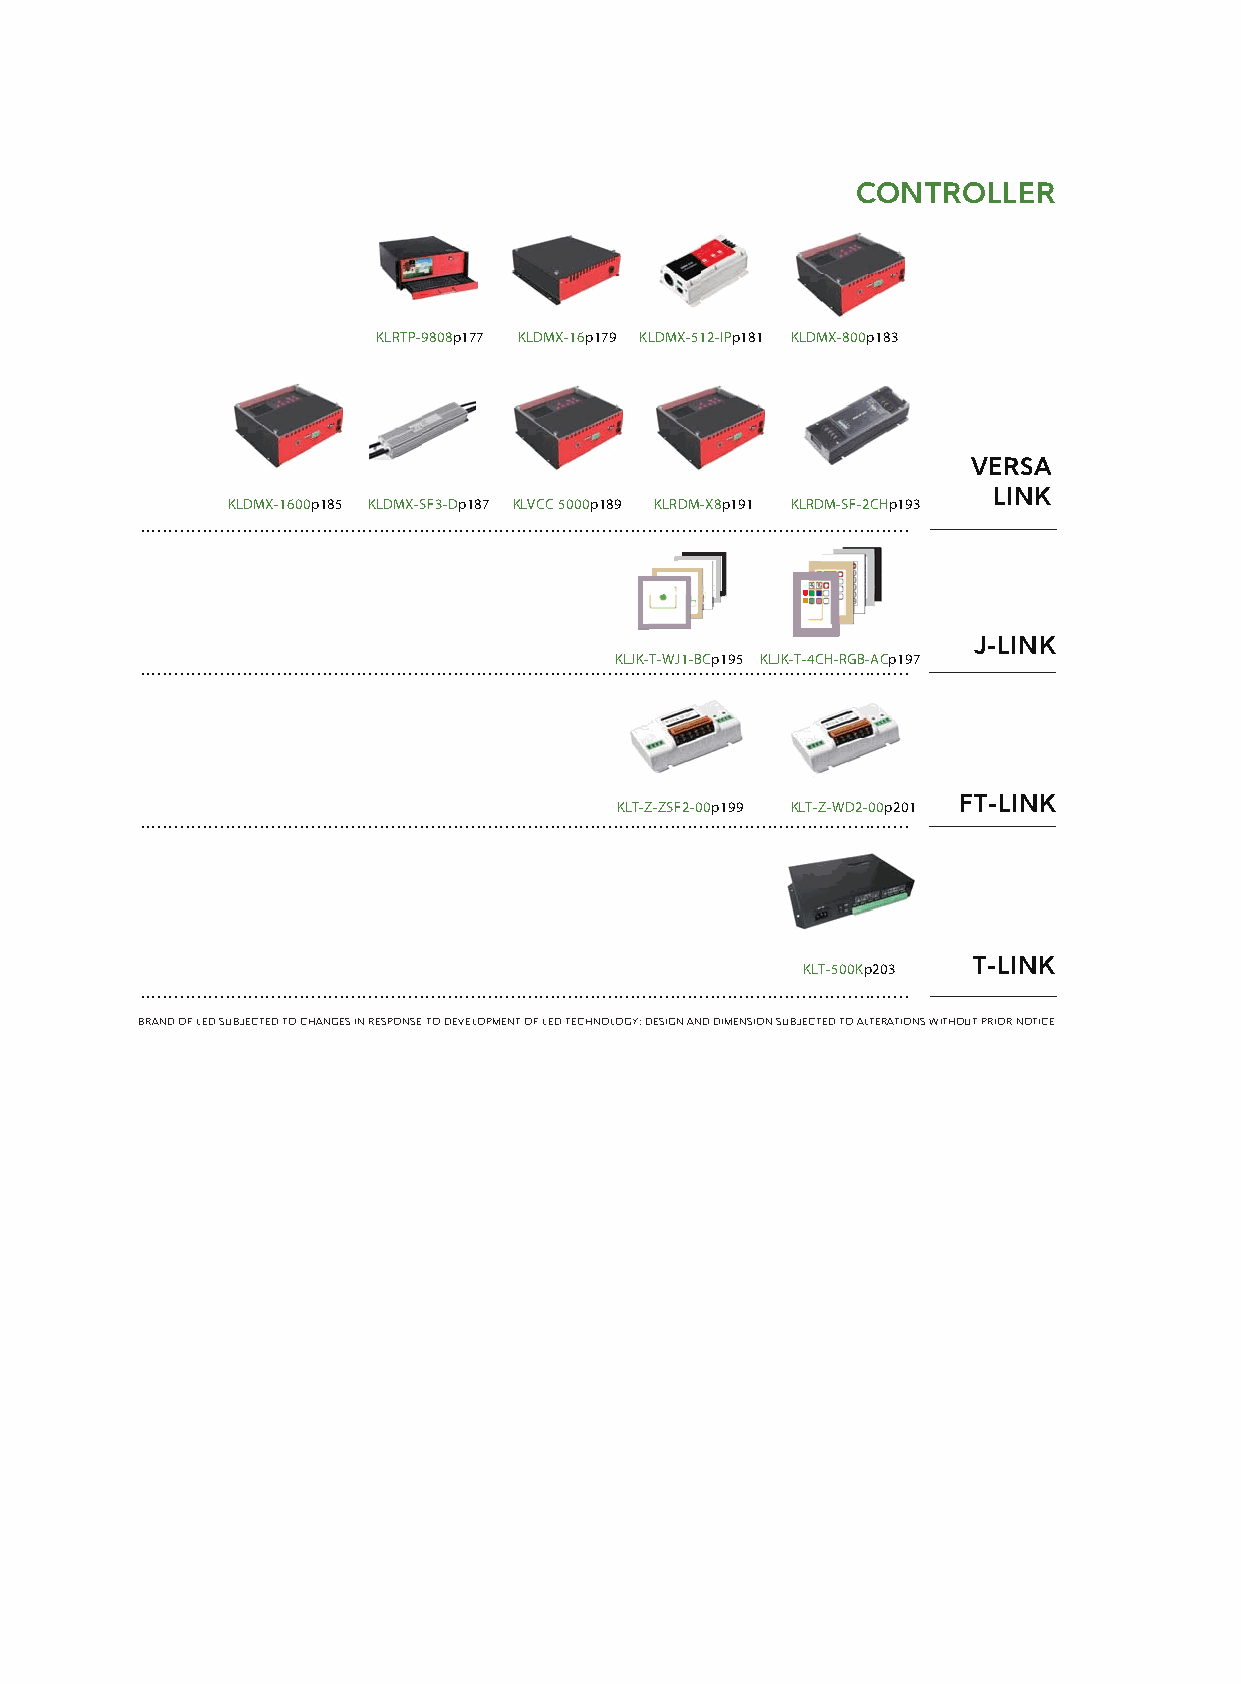
CONTROLLER
 KLRTP-9808p177 KLDMX-16p179 KLDMX-512-IPp181 KLDMX-800p183
 VERSA
 LINK
 KLDMX-1600p185 KLDMX-SF3-Dp187 KLVCC 5000p189 KLRDM-X8p191 KLRDM-SF-2CHp193
 .......................................................................................................................................
 J-LINK
 KLJK-T-WJ1-BCp195 KLJK-T-4CH-RGB-ACp197
 .......................................................................................................................................
 FT-LINK
 KLT-Z-ZSF2-00p199 KLT-Z-WD2-00p201
 .......................................................................................................................................
 T-LINK
 KLT-500Kp203
 .......................................................................................................................................
 BRAND OF LED SUBJECTED TO CHANGES IN RESPONSE TO DEVELOPMENT OF LED TECHNOLOGY; DESIGN AND DIMENSION SUBJECTED TO ALTERATIONS WITHOUT PRIOR NOTICE.